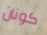
كونان